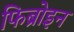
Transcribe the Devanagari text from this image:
फिब्रोइन